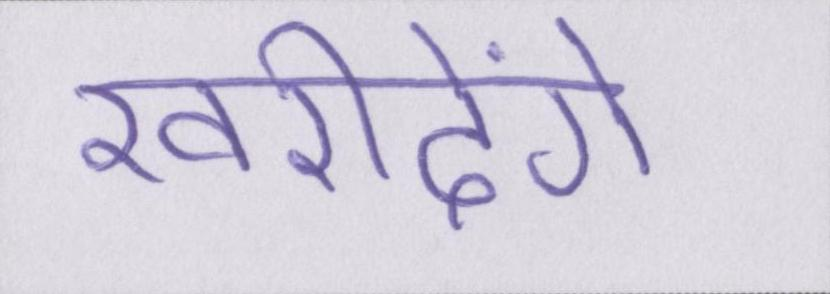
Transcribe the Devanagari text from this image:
खरीदेंगे